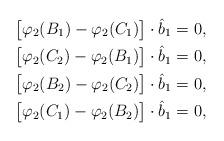
LaTeX: \begin{align*}& \big[\varphi_2(B_1) - \varphi_2(C_1)\big] \cdot \hat{b}_1 = 0,\\& \big[\varphi_2(C_2) - \varphi_2(B_1)\big] \cdot \hat{b}_1 = 0,\\& \big[\varphi_2(B_2) - \varphi_2(C_2)\big] \cdot \hat{b}_1 = 0,\\& \big[\varphi_2(C_1) - \varphi_2(B_2)\big] \cdot \hat{b}_1 = 0,\end{align*}